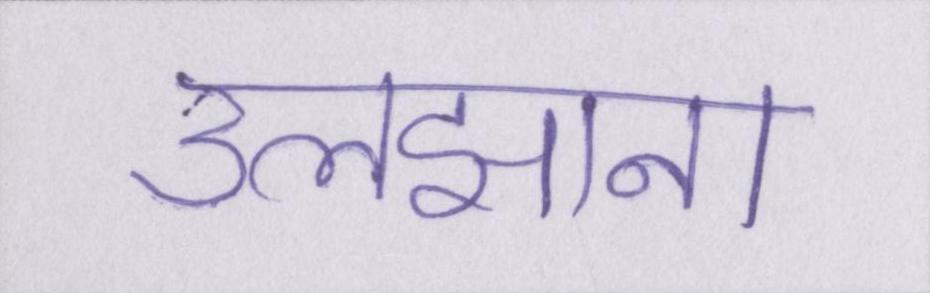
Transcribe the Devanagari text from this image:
उलझाना